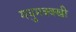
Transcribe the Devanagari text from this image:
मधुमक्क्खी